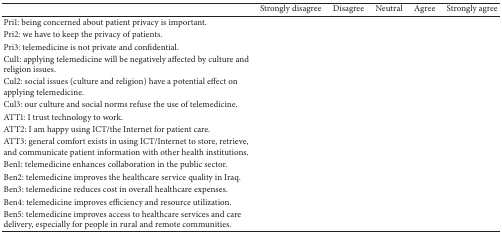
|  | Strongly disagree | Disagree | Neutral | Agree | Strongly agree |
 | --- | --- | --- | --- | --- | --- |
 | Pri1: being concerned about patient privacy is important. |  |  |  |  |  |
 | Pri2: we have to keep the privacy of patients. |  |  |  |  |  |
 | Pri3: telemedicine is not private and confidential. |  |  |  |  |  |
 | Cul1: applying telemedicine will be negatively affected by culture and religion issues. |  |  |  |  |  |
 | Cul2: social issues (culture and religion) have a potential effect on applying telemedicine. |  |  |  |  |  |
 | Cul3: our culture and social norms refuse the use of telemedicine. |  |  |  |  |  |
 | ATT1: I trust technology to work. |  |  |  |  |  |
 | ATT2: I am happy using ICT/the Internet for patient care. |  |  |  |  |  |
 | ATT3: general comfort exists in using ICT/Internet to store, retrieve, and communicate patient information with other health institutions. |  |  |  |  |  |
 | Ben1: telemedicine enhances collaboration in the public sector. |  |  |  |  |  |
 | Ben2: telemedicine improves the healthcare service quality in Iraq. |  |  |  |  |  |
 | Ben3: telemedicine reduces cost in overall healthcare expenses. |  |  |  |  |  |
 | Ben4: telemedicine improves efficiency and resource utilization. |  |  |  |  |  |
 | Ben5: telemedicine improves access to healthcare services and care delivery, especially for people in rural and remote communities. |  |  |  |  |  |